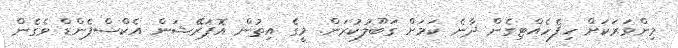
މިންވަރަކަށް ހިފެހެއްޓިގެން ދާނެ ކަމަށް ގަބޫލުކުރަން. މީގެ އިތުން އޮޕަރޭޝަން އެކްސްޕެންޑް ވެގެން